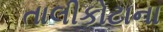
તાલીકોટાના